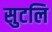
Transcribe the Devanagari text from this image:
सुटलि